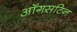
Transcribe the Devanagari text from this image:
ऑगसटिन